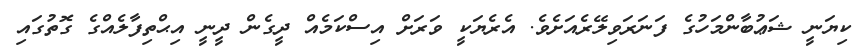
ކިޔަނީ ޝަޢުބާންމަހުގެ ފަނަރަވިލޭރެއަށެވެ. އެރެޔަކީ ވަރަށް އިސްކަމެއް ދީގެން ދީނީ އިޙްތިފާލެއްގެ ގޮތުގައި